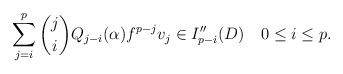
LaTeX: \begin{align*}\sum_{j=i}^p{j\choose i}Q_{j-i}(\alpha)f^{p-j}v_j\in I''_{p-i}(D)\quad0\leq i\leq p.\end{align*}